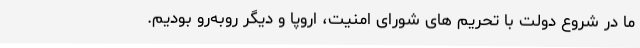
ما در شروع دولت با تحریم های شورای امنیت، اروپا و دیگر روبه‌رو بودیم.